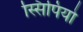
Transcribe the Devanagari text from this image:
स्सिपियो